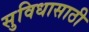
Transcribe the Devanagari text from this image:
सुविधासाठी